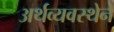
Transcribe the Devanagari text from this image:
अर्थव्यवस्थेने